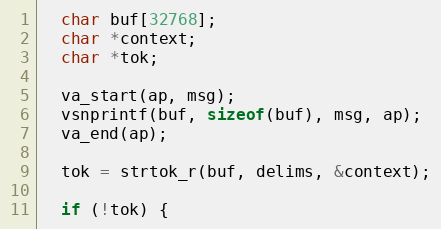
Language: C++
  char buf[32768];
  char *context;
  char *tok;

  va_start(ap, msg);
  vsnprintf(buf, sizeof(buf), msg, ap);
  va_end(ap);

  tok = strtok_r(buf, delims, &context);

  if (!tok) {